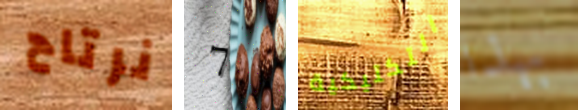
نرتاح 7 التكتيكية بهذا